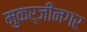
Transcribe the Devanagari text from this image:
मुकर्जीनगर